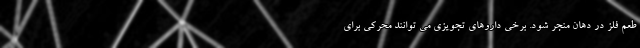
طعم فلز در دهان منجر شود. برخی داروهای تجویزی می توانند محرکی برای